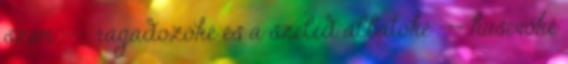
szem --- ragadozóké és a szelíd állatoké --- húsevőké